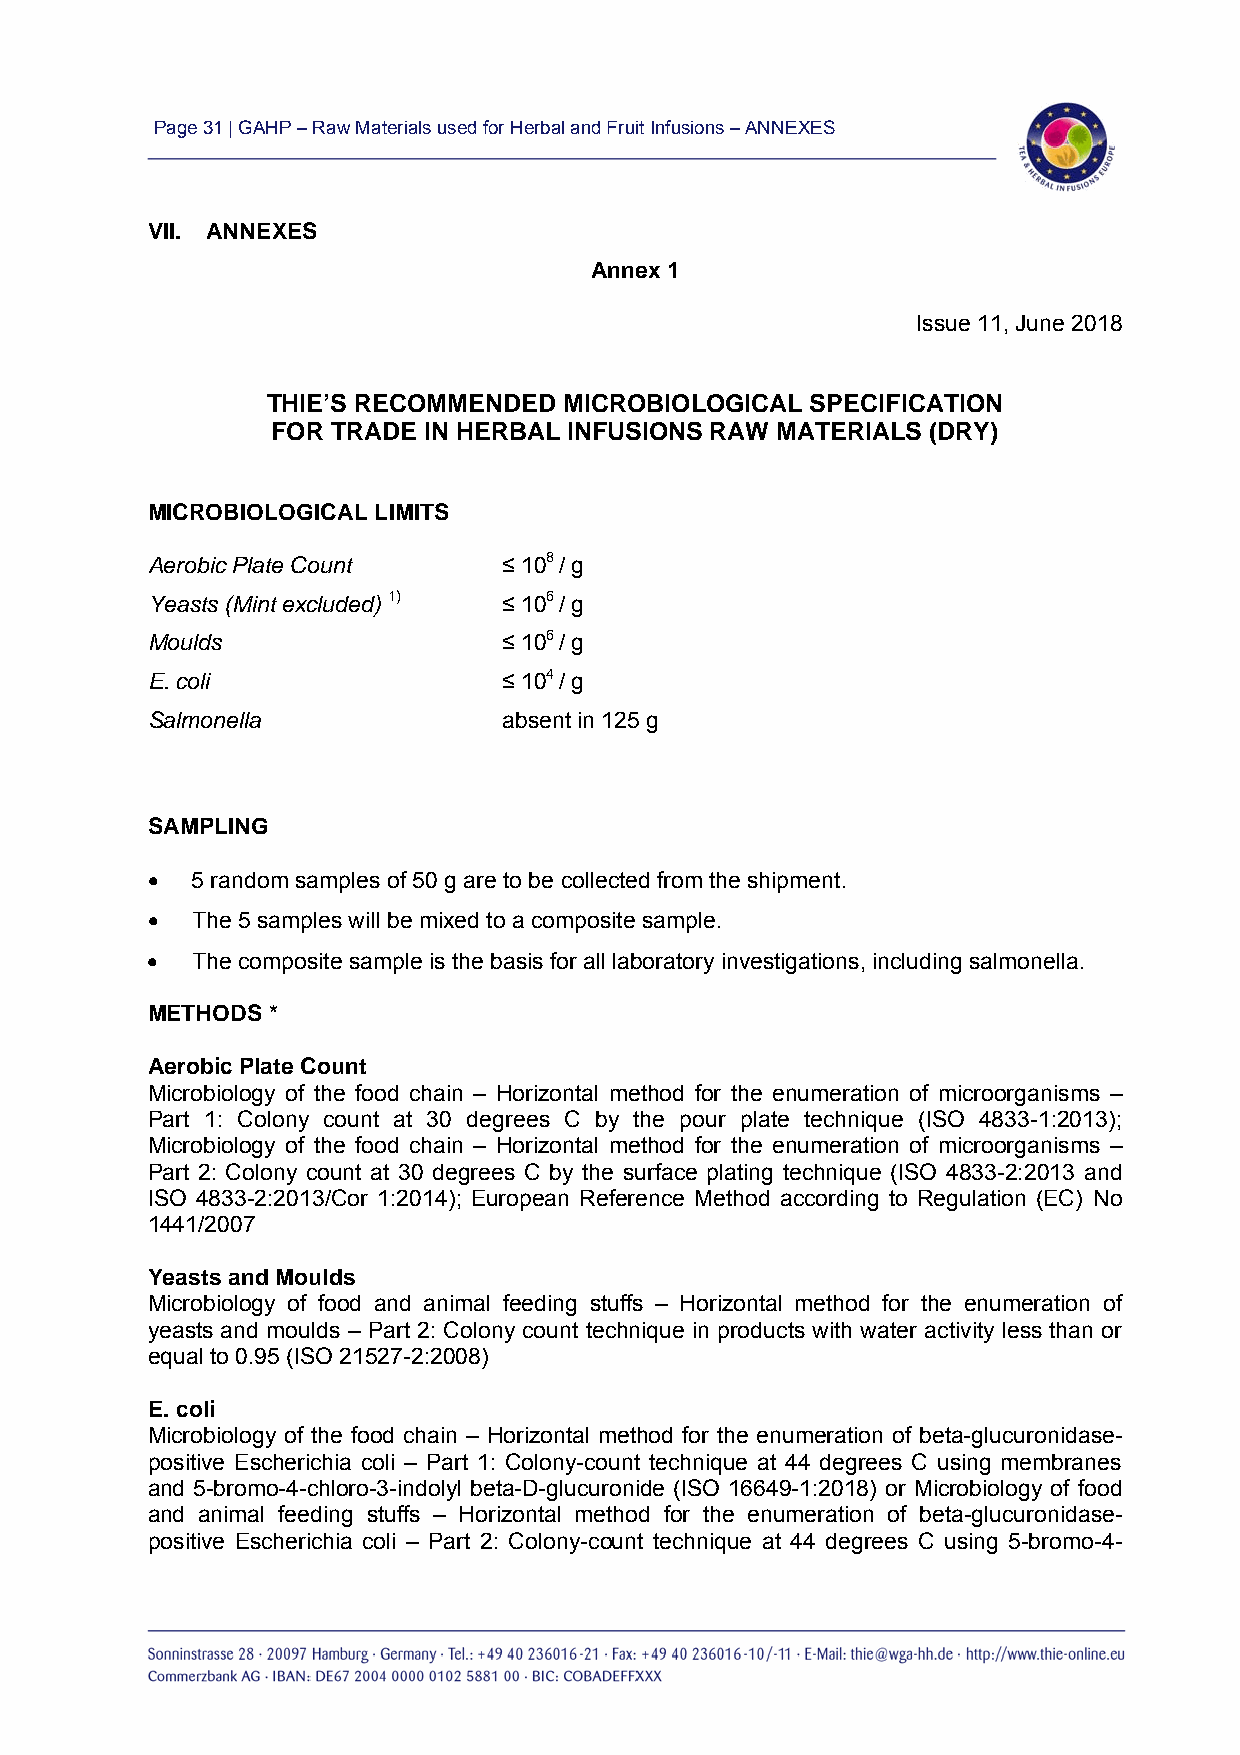
Page 31 | GAHP – Raw Materials used for Herbal and Fruit Infusions – ANNEXES
 VII. ANNEXES
 Annex 1
 Issue 11, June 2018
 THIE’S RECOMMENDED MICROBIOLOGICAL  SPECIFICATION
 FOR TRADE IN HERBAL INFUSIONS RAW MATERIALS (DRY)
 MICROBIOLOGICAL LIMITS
 Aerobic Plate Count    ≤ 108 / g
 Yeasts (Mint excluded) 1) ≤ 106 / g
 Moulds                 ≤ 106 / g
 E. coli                ≤ 104 / g
 Salmonella             absent in 125 g
 SAMPLING
   5 random samples of 50 g are to be collected from the shipment.
   The 5 samples will be mixed to a composite sample.
   The composite sample is the basis for all laboratory investigations, including salmonella.
 METHODS *
 Aerobic Plate Count
 Microbiology of the food chain – Horizontal method for the enumeration of microorganisms –
 Part 1: Colony count at 30 degrees C by the pour plate technique (ISO 4833-1:2013);
 Microbiology of the food chain – Horizontal method for the enumeration of microorganisms –
 Part 2: Colony count at 30 degrees C by the surface plating technique (ISO 4833-2:2013 and
 ISO 4833-2:2013/Cor 1:2014); European Reference Method according to Regulation (EC) No
 1441/2007
 Yeasts and Moulds
 Microbiology of food and animal feeding stuffs – Horizontal method for the enumeration of
 yeasts and moulds – Part 2: Colony count technique in products with water activity less than or
 equal to 0.95 (ISO 21527-2:2008)
 E. coli
 Microbiology of the food chain – Horizontal method for the enumeration of beta-glucuronidase-
 positive Escherichia coli – Part 1: Colony-count technique at 44 degrees C using membranes
 and 5-bromo-4-chloro-3-indolyl beta-D-glucuronide (ISO 16649-1:2018) or Microbiology of food
 and animal feeding stuffs – Horizontal method for the enumeration of beta-glucuronidase-
 positive Escherichia coli – Part 2: Colony-count technique at 44 degrees C using 5-bromo-4-